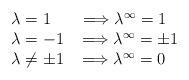
LaTeX: \begin{align*}\begin{array}{lll}\lambda=1\;\;\;\;\;\;\Longrightarrow \lambda^\infty=1\\\lambda=-1\;\;\;\Longrightarrow \lambda^\infty=\pm1\\\lambda\ne\pm1\;\;\;\Longrightarrow \lambda^\infty=0\end{array}\end{align*}